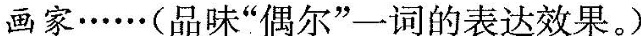
画家·······(品味“偶尔” 一词的表达效果。)